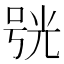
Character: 𠵗